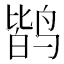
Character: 𱊐